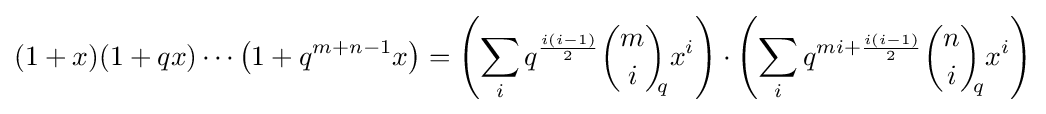
(1+x)(1+qx)\cdots \left(1+q^{m+n-1}x\right)=\left(\sum _{i}q^{\frac {i(i-1)}{2}}{\binom {m}{i}}_{\!\!q}x^{i}\right)\cdot \left(\sum _{i}q^{mi+{\frac {i(i-1)}{2}}}{\binom {n}{i}}_{\!\!q}x^{i}\right)